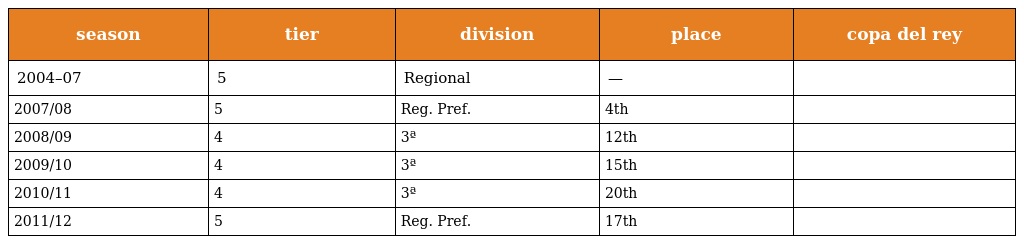
| season | tier | division | place | copa del rey |
 | --- | --- | --- | --- | --- |
 | 2004–07 | 5 | Regional | — |  |
 | 2007/08 | 5 | Reg. Pref. | 4th |  |
 | 2008/09 | 4 | 3ª | 12th |  |
 | 2009/10 | 4 | 3ª | 15th |  |
 | 2010/11 | 4 | 3ª | 20th |  |
 | 2011/12 | 5 | Reg. Pref. | 17th |  |